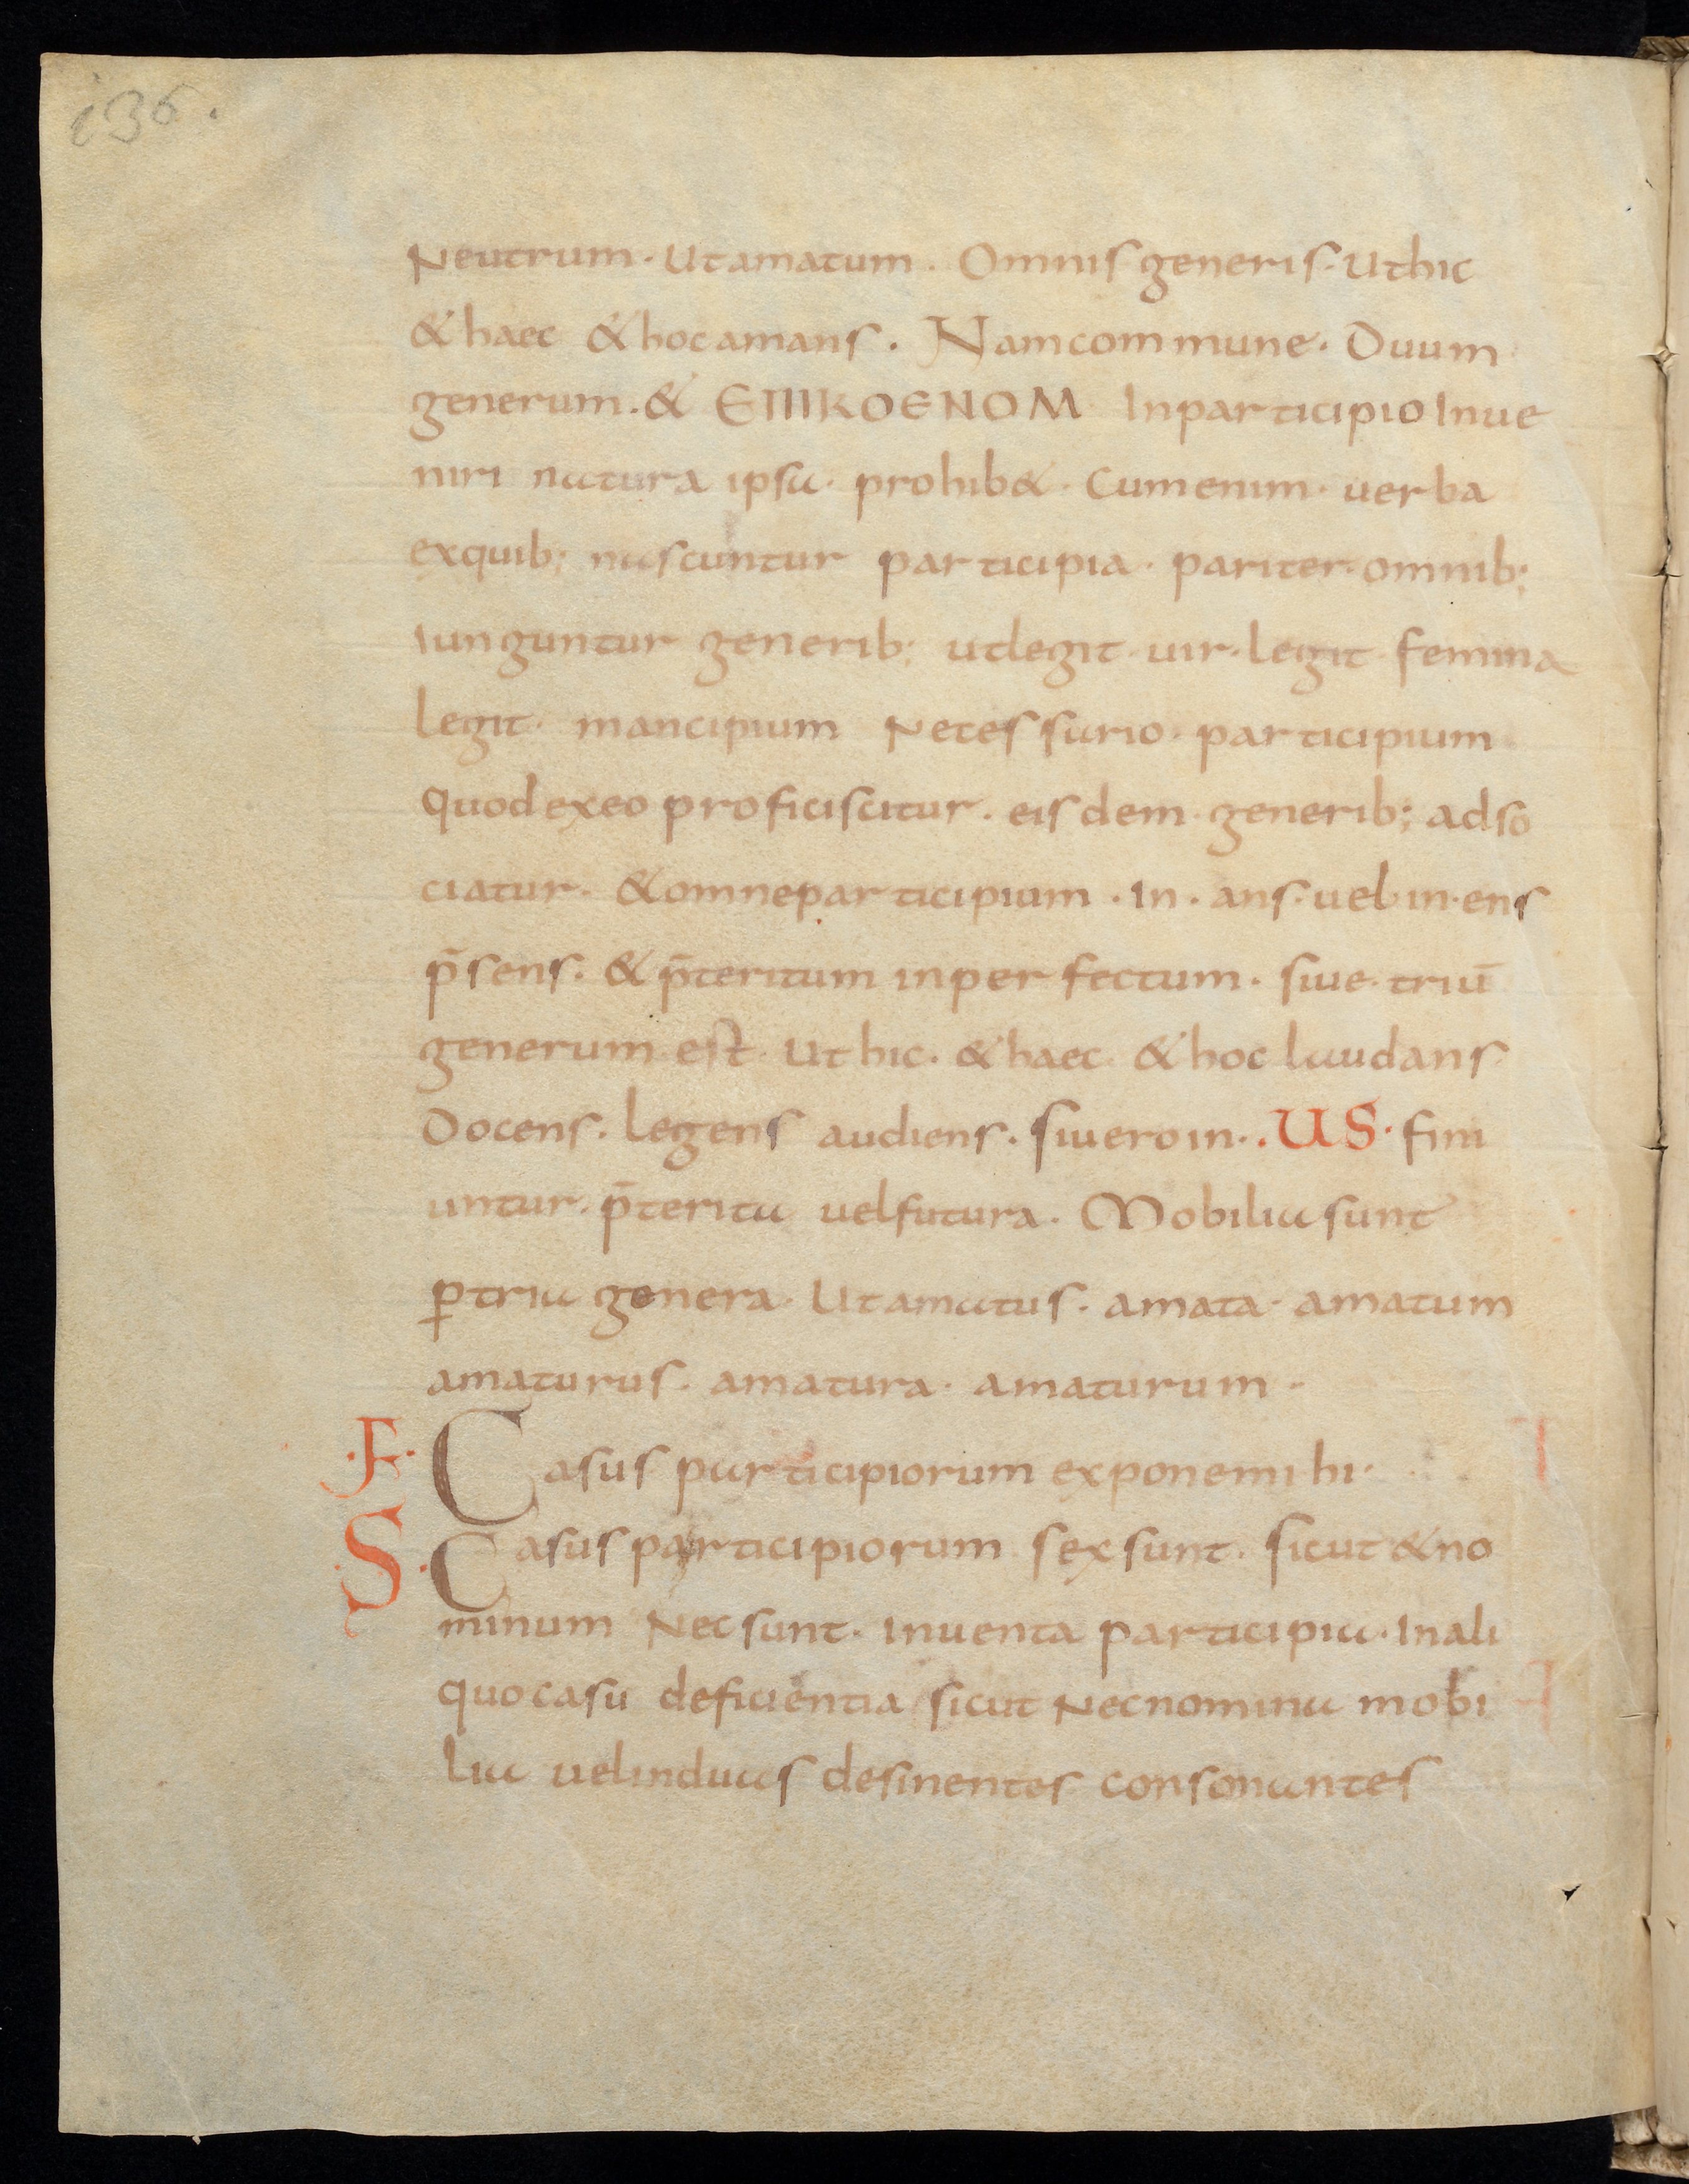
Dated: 800–899